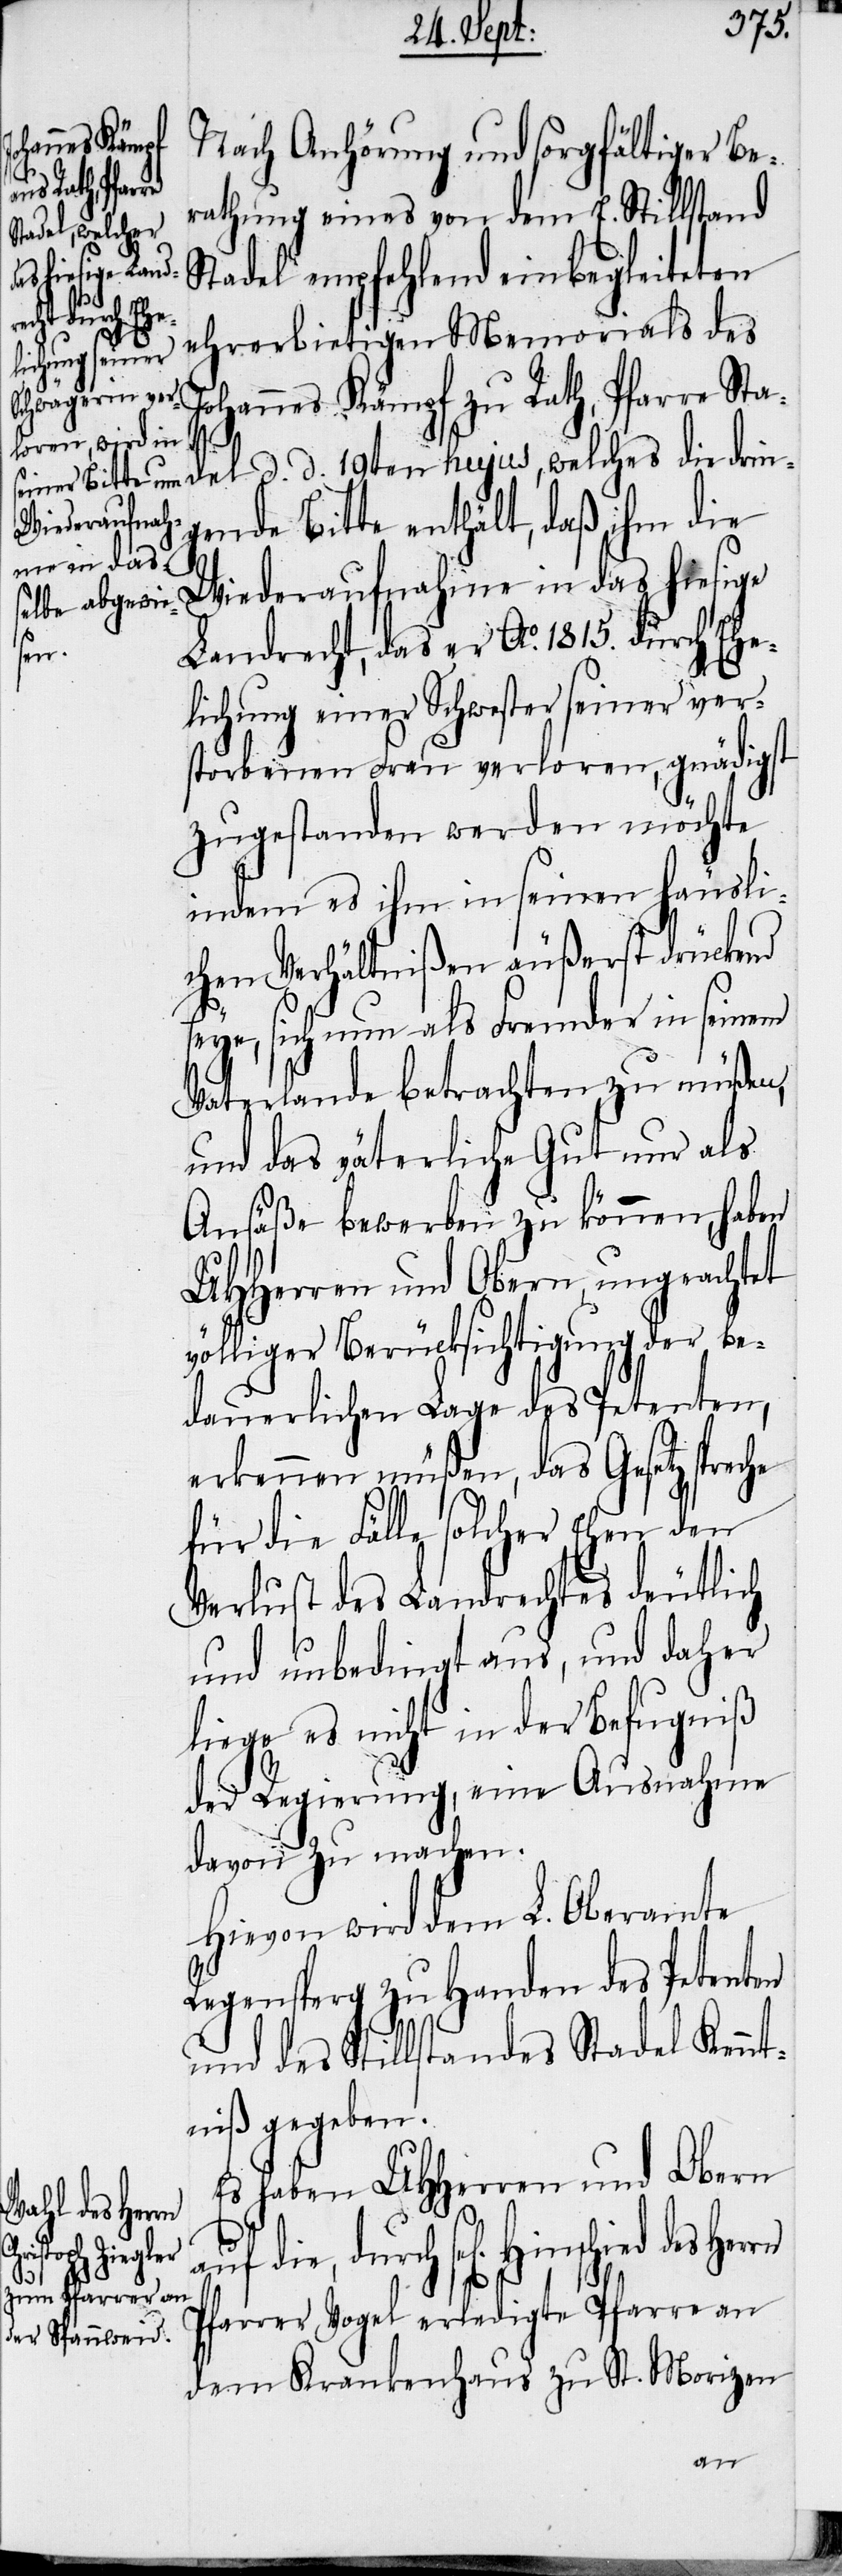
ied des Her¬

Nach Anhörung und sorgfältiger Be¬
rathung eines von dem E. Stillstand
Stadel empfehlend einbegleiteten
n] Hinsch¬
ehrerbietigen Memorials des
Johannes Kämpf zu Rath, Pfarr¬
che
e Stadel d. d. 19ten hujus, welches die drin¬
gende Bitte enthält, daß ihm die
Wiederaufnahme in das hiesige
Landrecht, das er Ao. 1815. durch Ehe¬
lichung einer Schwester seiner ver¬
storbenen Frau verloren, gnädigst
zugestanden werden möchte
indem es ihm in seinem häusli¬
chen Verhältnißen äußerst drückend
seye, sich nun als Fremder in seinem
Vaterlande betrachten zu müßen,
und das väterliche Gut nur als
Ansäße bewerben zu können, haben
UHHerren und Obern, ungeachtet
völliger Berücksichtigung der be¬
dauerlichen Lage des Petenten,
erkennen müßen, das Gesetz spre¬
für die Fälle solcher Ehen den
Verlust des Landrechtes deutlich
und unbedingt aus, und daher
liege es nicht in der Befguniß
der Regierung, eine Ausnahme
davon zu machen.
Hievon wird dem L. Oberamte
Regensperg zu Handen des Petenten
und des Stillstandes Stadel Kennt¬
niß gegeben.
Es haben UHHerren und Obern
Pfarrer Vogel erledigte Pfarre an
dem Krankenhaus zu St. Morizen

rn